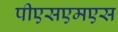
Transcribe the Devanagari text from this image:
पीएसएमएस